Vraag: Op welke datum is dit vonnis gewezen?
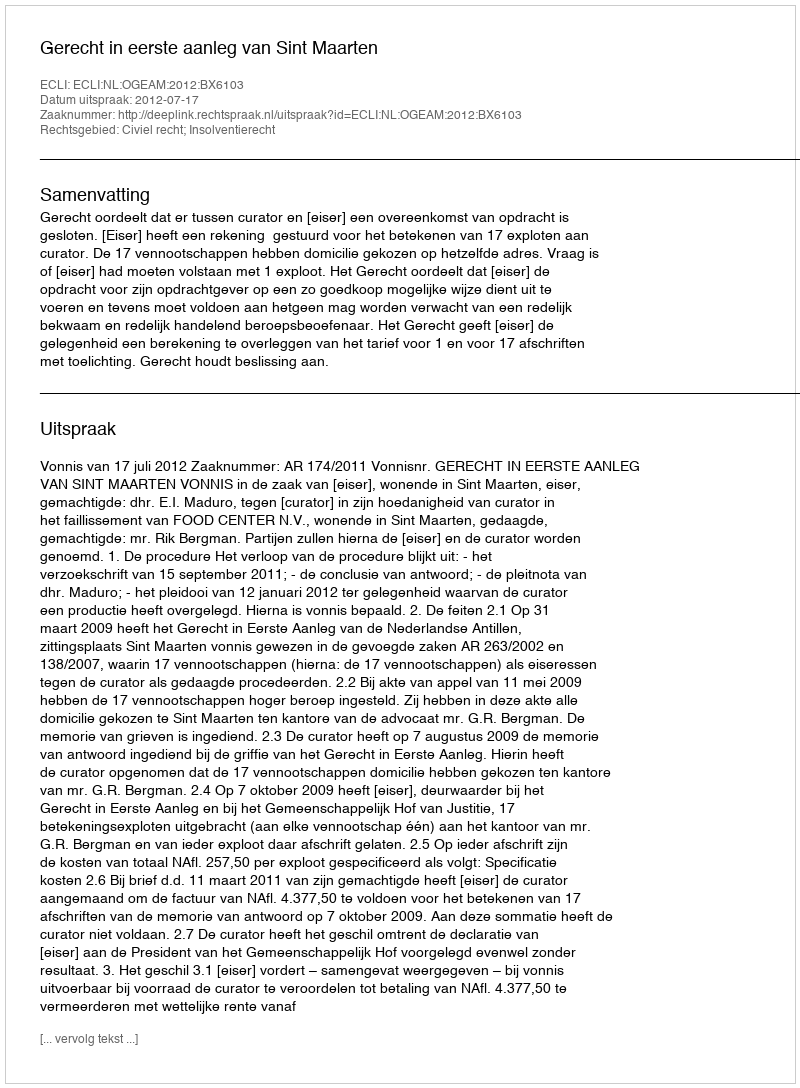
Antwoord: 2012-07-17